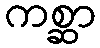
ကစ္ဆာ